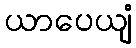
ယာပေယျံ